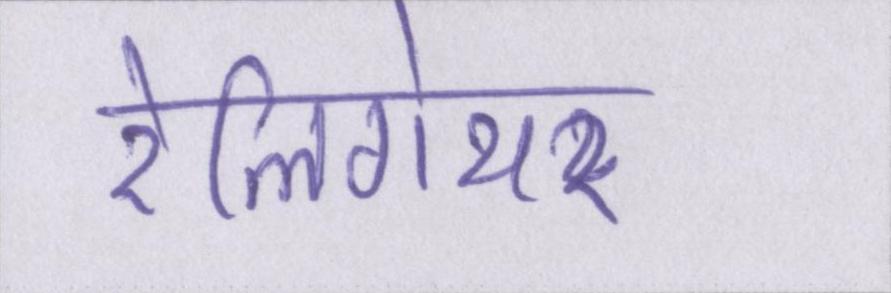
रेलिगेयर